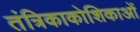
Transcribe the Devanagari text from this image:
तंत्रिकाकोशिकाओं